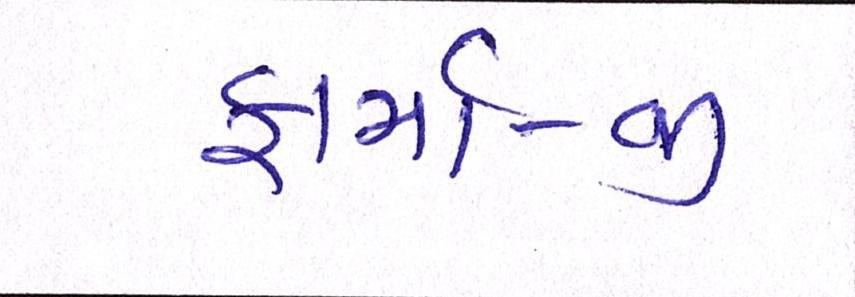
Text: ફાર્મા-જી